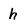
Character: h